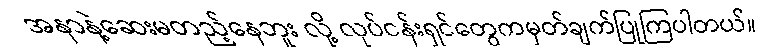
အနာနဲ့ဆေးမတည့်နေဘူး လို့ လုပ်ငန်းရှင်တွေကမှတ်ချက်ပြုကြပါတယ်။